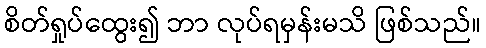
စိတ်ရှုပ်ထွေး၍ ဘာ လုပ်ရမှန်းမသိ ဖြစ်သည်။